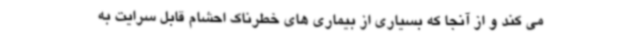
می کند و از آنجا که بسیاری از بیماری های خطرناک احشام قابل سرایت به